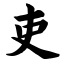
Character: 吏